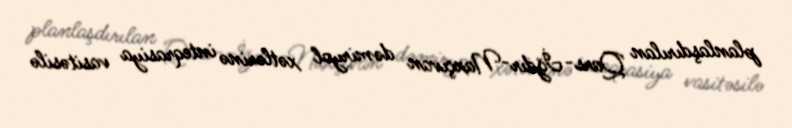
planlaşdırılan Qars-İğdır-Naxçıvan dəmiryol xətlərinə inteqrasiya vasitəsilə